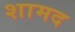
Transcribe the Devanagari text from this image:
शामद